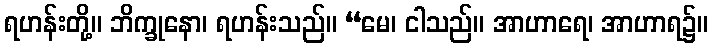
ရဟန်းတို့။ ဘိက္ခုနော၊ ရဟန်းသည်။ “မေ၊ ငါသည်။ အာဟာရေ၊ အာဟာရ၌။